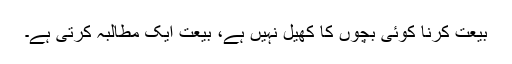
بیعت کرنا کوئی بچوں کا کھیل نہیں ہے، بیعت ایک مطالبہ کرتی ہے۔